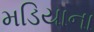
મડિયાના